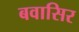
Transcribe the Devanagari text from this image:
बवासिर